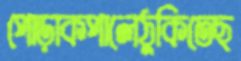
পোড়াকপালেঠুকিতেছ